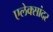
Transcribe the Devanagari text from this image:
एलेक्सांदर